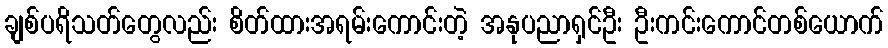
ချစ်ပရိသတ်တွေလည်း စိတ်ထားအရမ်းကောင်းတဲ့ အနုပညာရှင်ဦး ဦးကင်းကောင်တစ်ယောက်